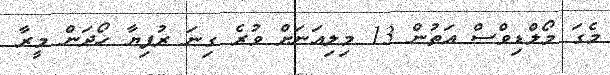
މެގަ މޯލްޑިވްސް އަތުން 13 މިލިއަނަށް ވުރެ ގިނަ ރުފިޔާ ހޯދަން މީރާ